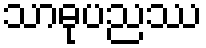
သာဓုပညဿ